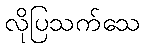
လိုပြသက်သေ